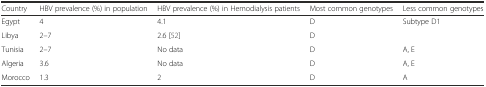
| Country | HBV prevalence (%) in population | HBV prevalence (%) in Hemodialysis patients | Most common genotypes | Less common genotypes |
 | --- | --- | --- | --- | --- |
 | Egypt | 4 | 4.1 | D | Subtype D1 |
 | Libya | 2–7 | 2.6 [52] | D |  |
 | Tunisia | 2–7 | No data | D | A, E |
 | Algeria | 3.6 | No data | D | A, E |
 | Morocco | 1.3 | 2 | D | A |